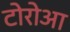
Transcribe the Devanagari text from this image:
टोरोआ